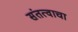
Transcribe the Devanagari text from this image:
संतत्वाचा